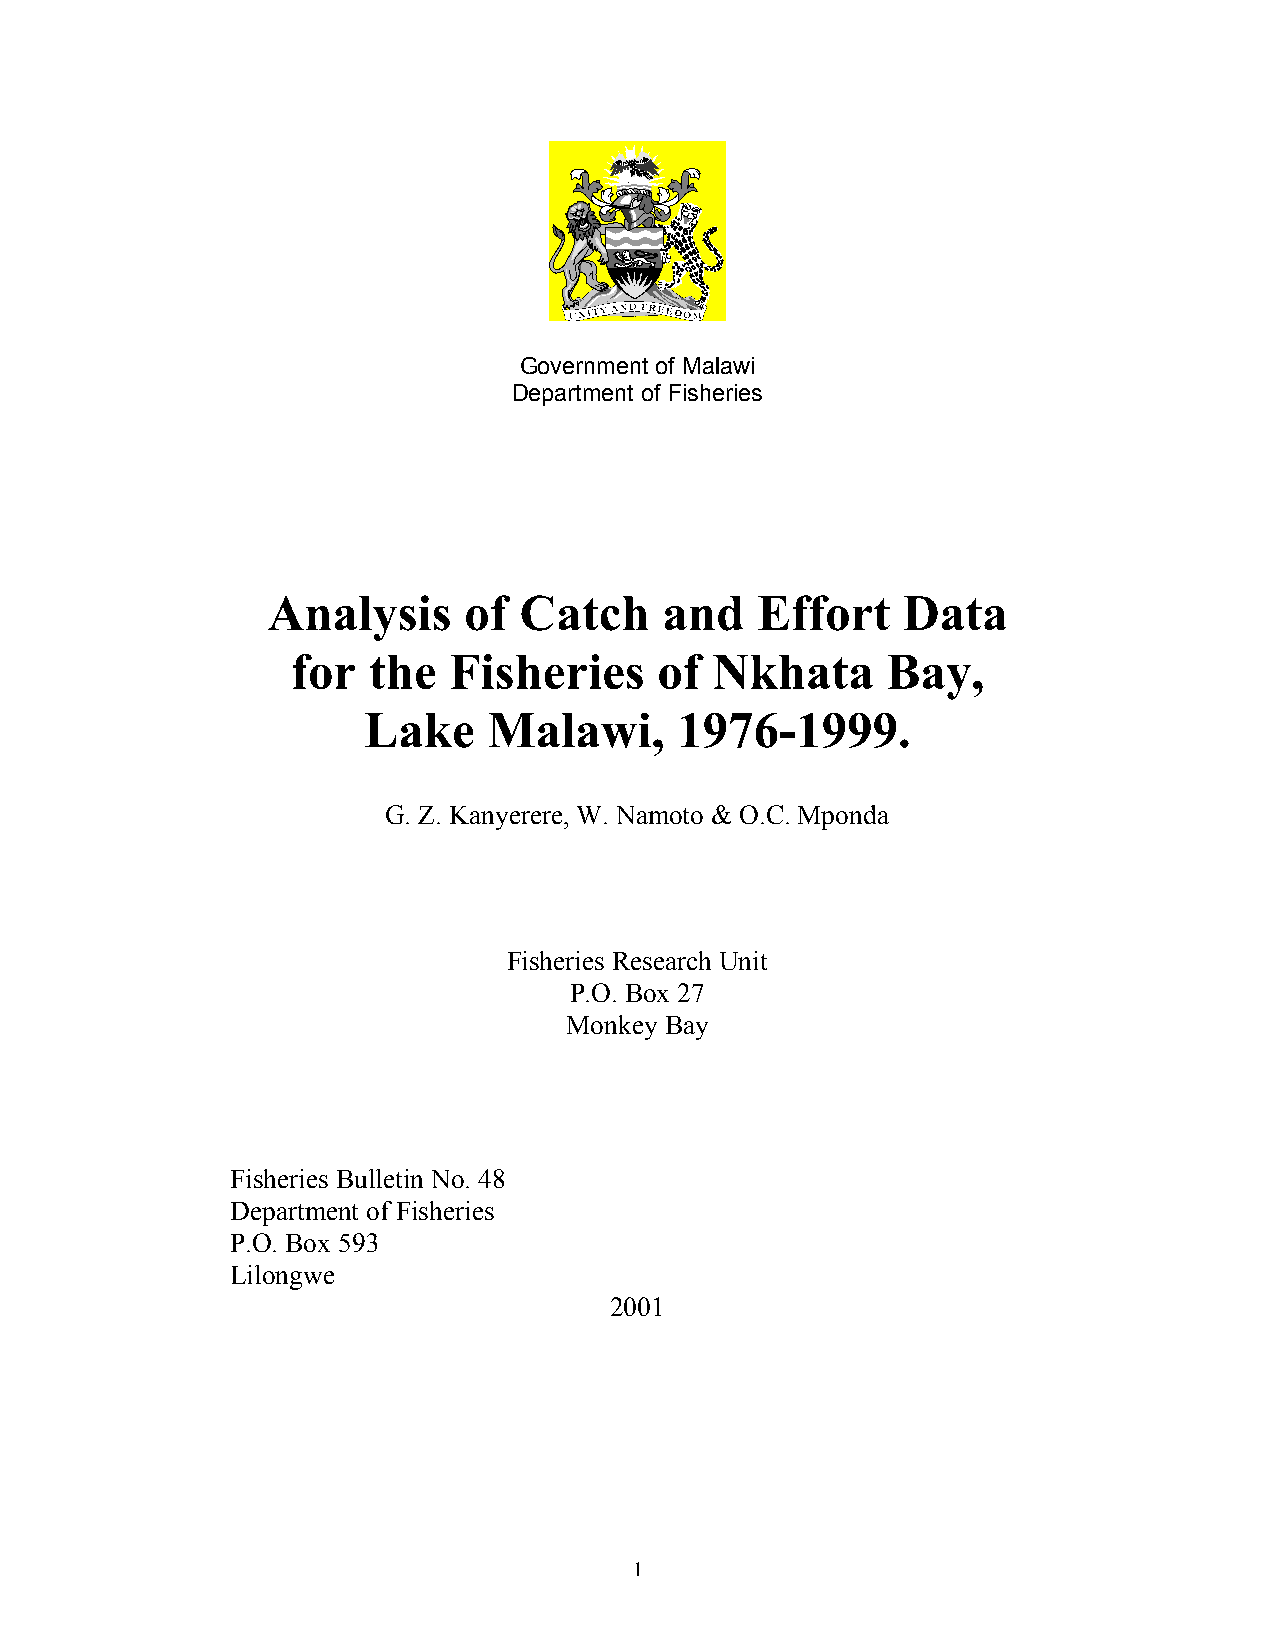
Government of Malawi
 Department of Fisheries
 Analysis     of Catch     and   Effort    Data
 for  the   Fisheries     of Nkhata      Bay,
 Lake    Malawi,      1976-1999.
 G. Z. Kanyerere, W. Namoto & O.C. Mponda
 Fisheries Research Unit
 P.O. Box 27
 Monkey Bay
 Fisheries Bulletin No. 48
 Department of Fisheries
 P.O. Box 593
 Lilongwe
 2001
 1